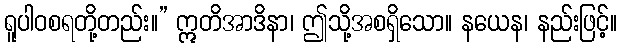
ရူပါဝစရတို့တည်း။” ဣတိအာဒိနာ၊ ဤသို့အစရှိသော။ နယေန၊ နည်းဖြင့်။